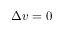
\Delta v = 0